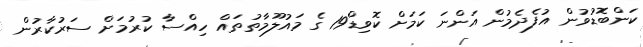
ކަންބޮޑުވުން އުފެދެމުން އަންނަ ކަމަށް ކޮވިޑް19 ގެ މައުލޫމާތުތައް ހިއްސާ ކުރުމަށް ސަރުކާރުން